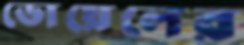
ডোয়েলের